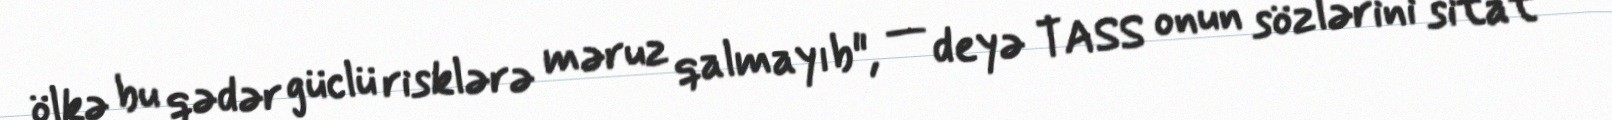
ölkə bu qədər güclü risklərə məruz qalmayıb", — deyə TASS onun sözlərini sitat